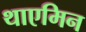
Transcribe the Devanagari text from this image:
थाएमिन